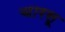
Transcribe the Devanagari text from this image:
चारसू